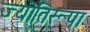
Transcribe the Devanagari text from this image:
ज्योतिरूपा